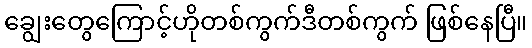
ချွေးတွေကြောင့်ဟိုတစ်ကွက်ဒီတစ်ကွက် ဖြစ်နေပြီ။